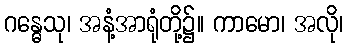
ဂန္ဓေသု၊ အနံ့အာရုံတို့၌။ ကာမော၊ အလို၊